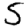
Digit: 5